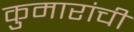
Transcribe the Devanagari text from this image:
कुमारांची